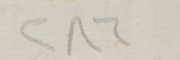
٢٨٦